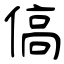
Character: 傐